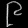
Digit: ၉